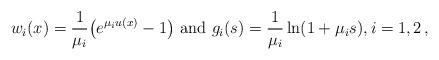
LaTeX: \begin{align*} w_i(x) = \frac{1}{\mu_i} \big(e^{\mu_i u(x)} - 1 \big) \textup{ and } g_i(s) = \frac{1}{\mu_i} \ln(1+\mu_i s), i = 1,2\,,\end{align*}